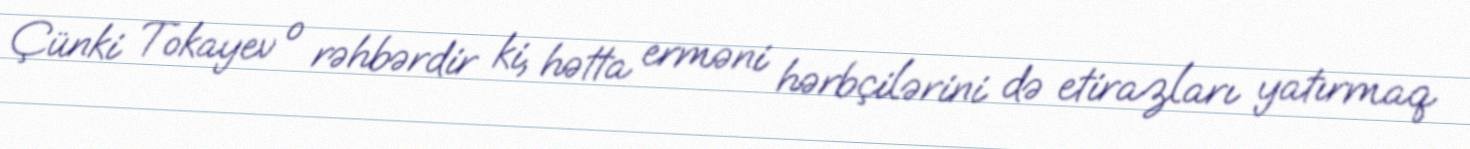
Çünki Tokayev o rəhbərdir ki, hətta erməni hərbçilərini də etirazları yatırmaq